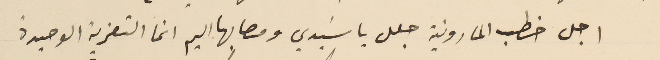
اجل خطب المارونية جلل يا سَيدي ومصابها اليم انما التعزية الوحيدة